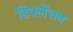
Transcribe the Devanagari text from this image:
डिक्लेंशन